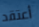
أعتقد